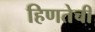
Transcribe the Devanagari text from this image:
हिणतेची